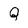
Character: Q